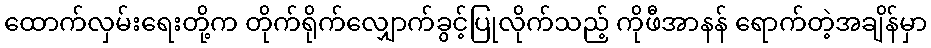
ထောက်လှမ်းရေးတို့က တိုက်ရိုက်လျှောက်ခွင့်ပြုလိုက်သည့် ကိုဖီအာနန် ရောက်တဲ့အချိန်မှာ